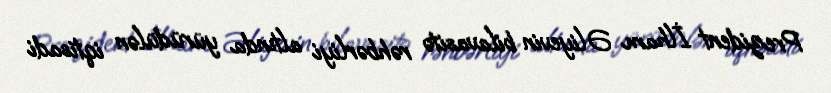
Prezident İlham Əliyevin bilavasitə rəhbərliyi altında yürüdülən iqtisadi